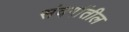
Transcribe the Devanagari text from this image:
संवर्गातील